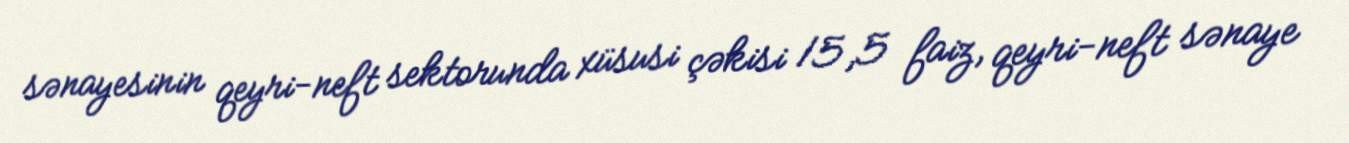
sənayesinin qeyri-neft sektorunda xüsusi çəkisi 15,5 faiz, qeyri-neft sənaye